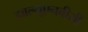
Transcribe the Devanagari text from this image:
डबल्यूएनबीसी